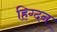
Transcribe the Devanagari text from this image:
हिग्दन